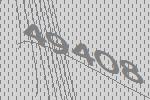
49408